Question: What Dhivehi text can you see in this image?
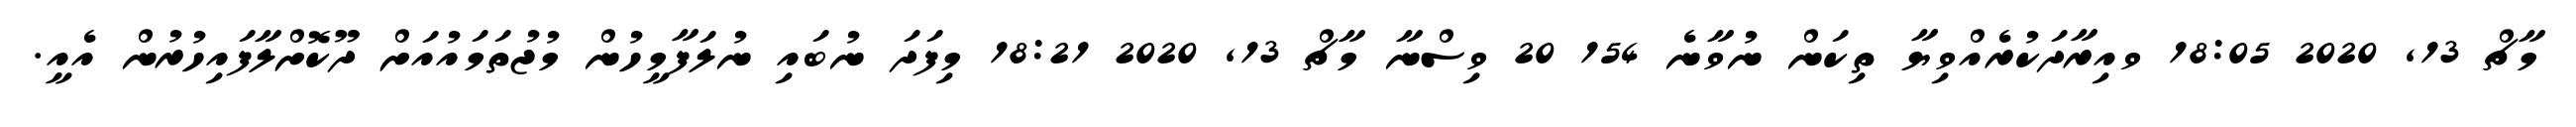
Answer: މާޗް 13, 2020 18:05 ވއިރާދަކުރެއްވިޔާ ތިކަން ނުވާނެ 154 20 ވިސްނާ މާޗް 13, 2020 18:21 މިފަދަ ނުބައި ނުލަފާމީހުން މުޖުތަމައުއަށް ދޫކޮށްލާފައިހުރުން އެއީ.